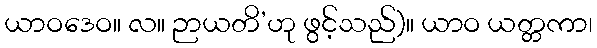
ယာဝဒေဝ။ လ။ ဉာယတိ’ဟု ဖွင့်သည်)။ ယာဝ ယတ္တကာ၊